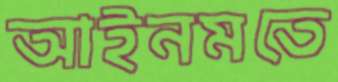
আইনমতে